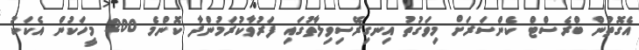
އެގޮތުން ބްރެސްޓް ކެންސަރަށް މިވަގުތު އިނގިރޭސިވިލާތުގައި ފަރުވާކުރަމުންދާ ކޮންމެ 200 މީހަކުން އެކަކު